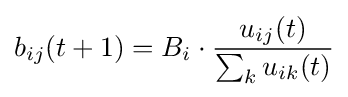
b_{ij}(t+1)=B_{i}\cdot {\frac {u_{ij}(t)}{\sum _{k}u_{ik}(t)}}